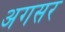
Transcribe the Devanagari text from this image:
अगसर